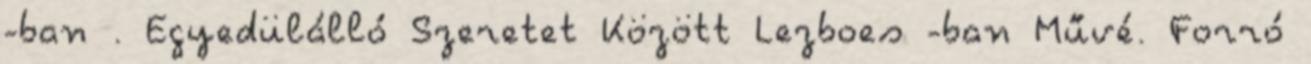
-ban . Egyedülálló Szeretet Között Lezboes -ban Művé. Forró